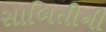
સાબિતીની